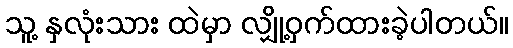
သူ့ နှလုံးသား ထဲမှာ လျှို့ဝှက်ထားခဲ့ပါတယ်။